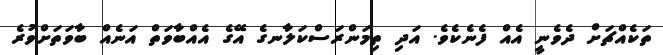
ތަކެއްޗަށް ދެވެނީ އެއް ފެނެކެވެ. އަދި ތިމަންރަސްކަލާނގެ އޭގެ އެއްބާވަތް އަނެއް ބާވަތަށްވުރެ